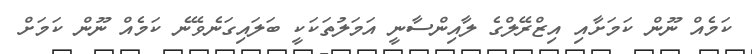
ކަމެއް ނޫން ކަމަށާއި އިޒްރޭލްގެ ލާއިންސާނީ އަމަލުތަކަކީ ބަލައިގަނެވޭނެ ކަމެއް ނޫން ކަމަށް